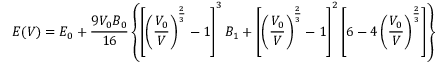
E ( V ) = E _ { 0 } + \frac { 9 V _ { 0 } B _ { 0 } } { 1 6 } \left\{ \left[ \left( \frac { V _ { 0 } } { V } \right) ^ { \frac { 2 } { 3 } } - 1 \right] ^ { 3 } B _ { 1 } + \left[ \left( \frac { V _ { 0 } } { V } \right) ^ { \frac { 2 } { 3 } } - 1 \right] ^ { 2 } \left[ 6 - 4 \left( \frac { V _ { 0 } } { V } \right) ^ { \frac { 2 } { 3 } } \right] \right\}